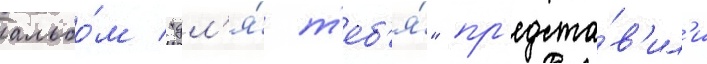
альбо́м "дл'я́ т'еб'я́" пр'едста́в'ил'и